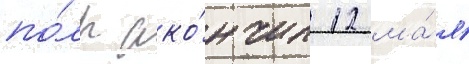
по́лк око́нчил 12 ма́я